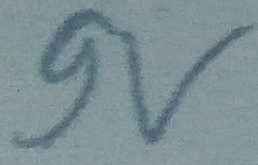
Text: 9v